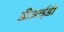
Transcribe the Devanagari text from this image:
डीआईडी